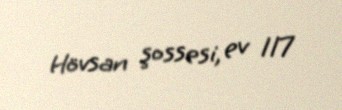
Hövsan şossesi, ev 117